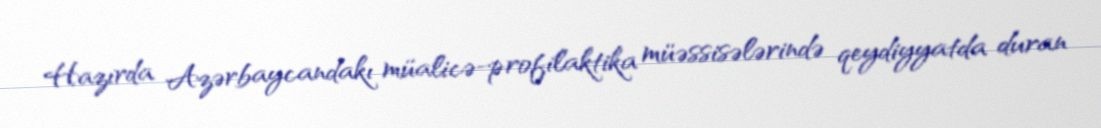
Hazırda Azərbaycandakı müalicə-profilaktika müəssisələrində qeydiyyatda duran